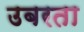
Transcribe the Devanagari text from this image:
उबरता